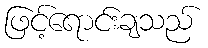
ဖြင့်ရောင်းချသည်